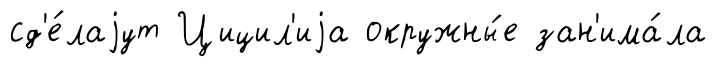
сд'е́лаjут Цицил'иjа окружны́е зан'има́ла